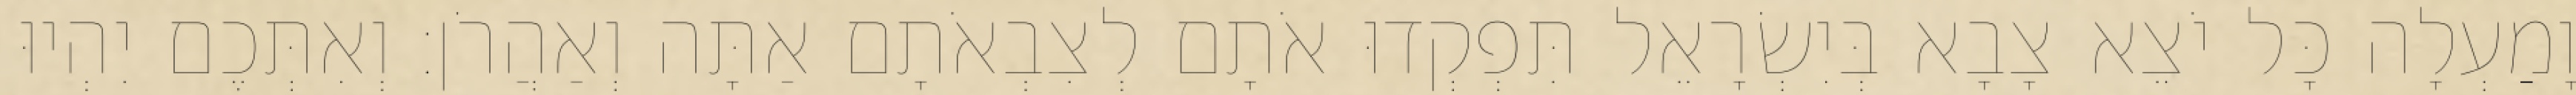
וָמַעְלָה כָּל יֹצֵא צָבָא בְּיִשְׂרָאֵל תִּפְקְדוּ אֹתָם לְצִבְאֹתָם אַתָּה וְאַהֲרֹן׃ וְאִתְּכֶם יִהְיוּ